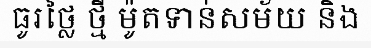
ធូរថ្លៃ ថ្មី ម៉ូតទាន់សម័យ និង